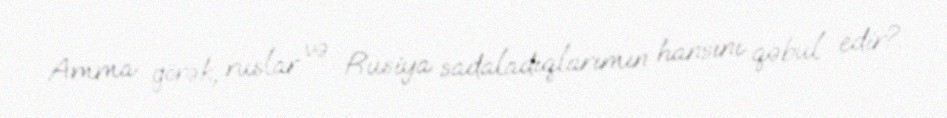
Amma görək, ruslar və Rusiya sadaladıqlarımın hansını qəbul edir?.